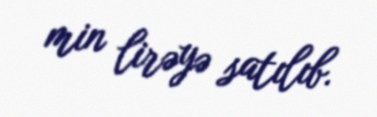
min lirəyə satılıb.